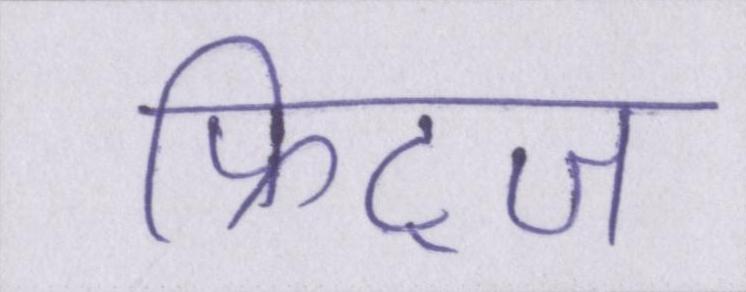
फ्रिट्ज